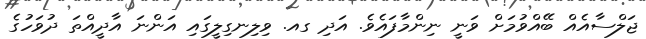
ޖަލްސާއެއް ބޭއްވުމަށް ވަނީ ނިންމާފައެވެ. އަދި ގއ. ވިލިނގިލީގައި އަންނަ އާދީއްތަ ދުވަހުގެ